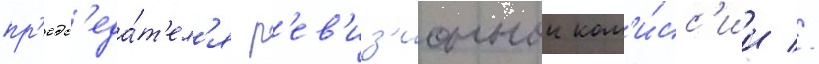
пр'едс'еда́т'ел'я р'ев'из'ионнои ком'и́сс'ии //